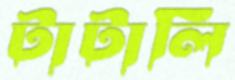
টাটালি